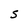
Character: S